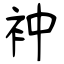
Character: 衶